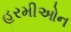
હરમીઓન